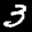
Label: 3